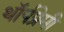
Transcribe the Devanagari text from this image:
थॉर्पप्रेमी